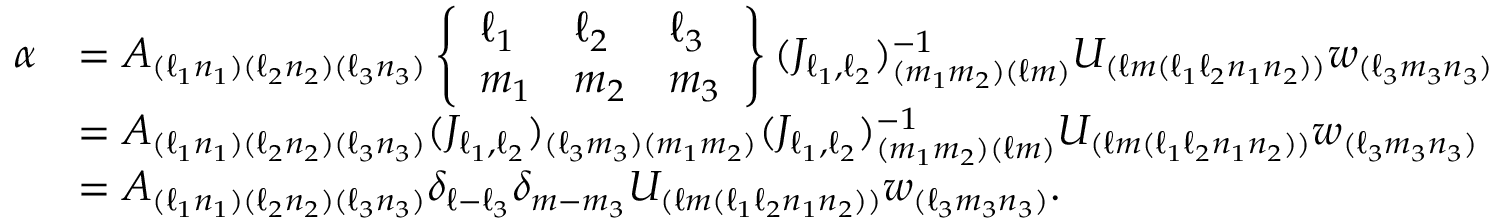
\begin{array} { r l } { \alpha } & { = A _ { ( \ell _ { 1 } n _ { 1 } ) ( \ell _ { 2 } n _ { 2 } ) ( \ell _ { 3 } n _ { 3 } ) } \left\{ \begin{array} { l l l } { \ell _ { 1 } } & { \ell _ { 2 } } & { \ell _ { 3 } } \\ { m _ { 1 } } & { m _ { 2 } } & { m _ { 3 } } \end{array} \right\} ( J _ { \ell _ { 1 } , \ell _ { 2 } } ) _ { ( m _ { 1 } m _ { 2 } ) ( \ell m ) } ^ { - 1 } U _ { ( \ell m ( \ell _ { 1 } \ell _ { 2 } n _ { 1 } n _ { 2 } ) ) } w _ { ( \ell _ { 3 } m _ { 3 } n _ { 3 } ) } } \\ & { = A _ { ( \ell _ { 1 } n _ { 1 } ) ( \ell _ { 2 } n _ { 2 } ) ( \ell _ { 3 } n _ { 3 } ) } ( J _ { \ell _ { 1 } , \ell _ { 2 } } ) _ { ( \ell _ { 3 } m _ { 3 } ) ( m _ { 1 } m _ { 2 } ) } ( J _ { \ell _ { 1 } , \ell _ { 2 } } ) _ { ( m _ { 1 } m _ { 2 } ) ( \ell m ) } ^ { - 1 } U _ { ( \ell m ( \ell _ { 1 } \ell _ { 2 } n _ { 1 } n _ { 2 } ) ) } w _ { ( \ell _ { 3 } m _ { 3 } n _ { 3 } ) } } \\ & { = A _ { ( \ell _ { 1 } n _ { 1 } ) ( \ell _ { 2 } n _ { 2 } ) ( \ell _ { 3 } n _ { 3 } ) } \delta _ { \ell - \ell _ { 3 } } \delta _ { m - m _ { 3 } } U _ { ( \ell m ( \ell _ { 1 } \ell _ { 2 } n _ { 1 } n _ { 2 } ) ) } w _ { ( \ell _ { 3 } m _ { 3 } n _ { 3 } ) } . } \end{array}